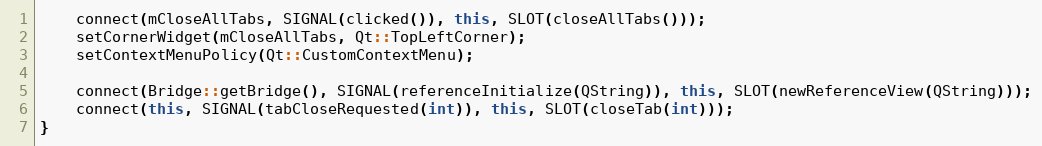
Language: C++
    connect(mCloseAllTabs, SIGNAL(clicked()), this, SLOT(closeAllTabs()));
    setCornerWidget(mCloseAllTabs, Qt::TopLeftCorner);
    setContextMenuPolicy(Qt::CustomContextMenu);

    connect(Bridge::getBridge(), SIGNAL(referenceInitialize(QString)), this, SLOT(newReferenceView(QString)));
    connect(this, SIGNAL(tabCloseRequested(int)), this, SLOT(closeTab(int)));
}